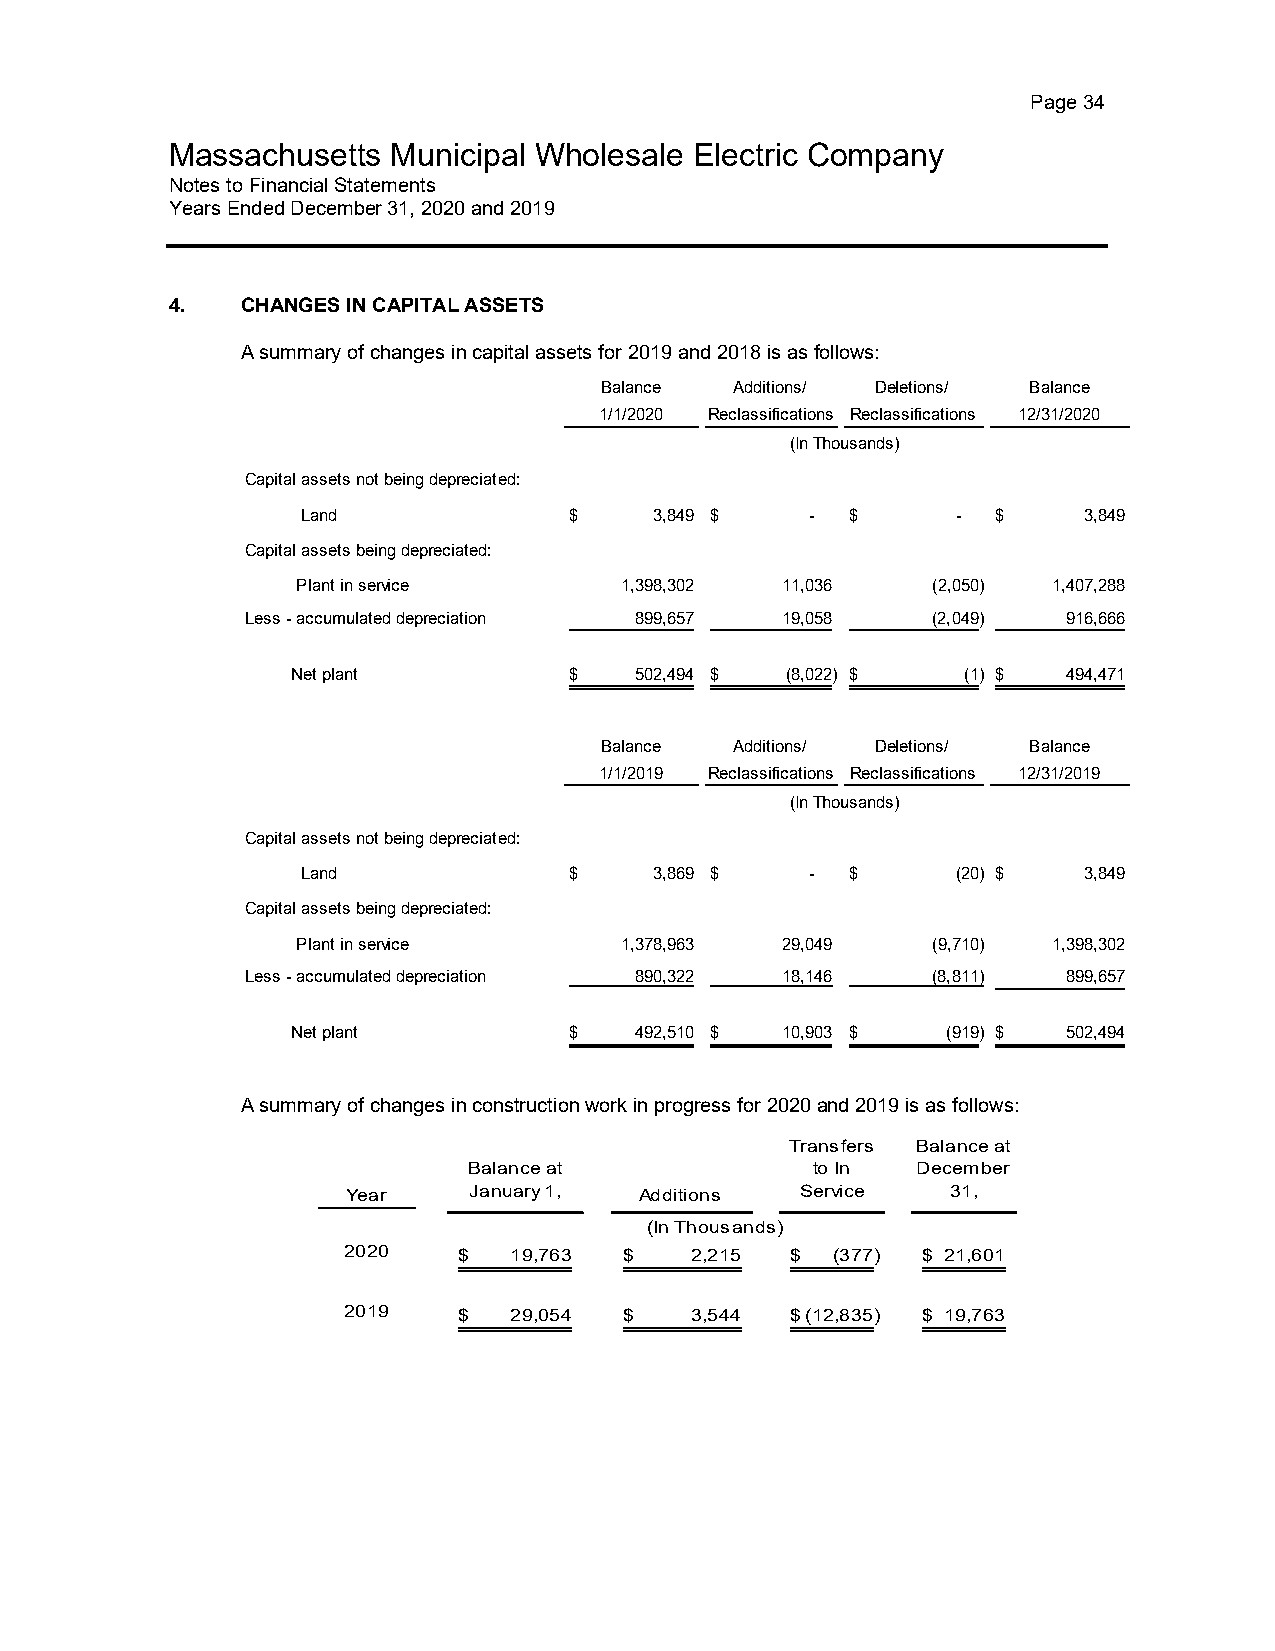
Page 34
 Massachusetts  Municipal Wholesale Electric Company
 Notes to Financial Statements
 Years Ended December 31, 2020 and 2019
 4.   CHANGES IN CAPITAL ASSETS
 A summary of changes in capital assets for 2019 and 2018 is as follows:
 Balance  Additions/ Deletions/ Balance
 1/1/2020 Reclassifications Reclassifications 12/31/2020
 (In Thousands)
 Capital assets not being depreciated:
 Land              $    3,849 $    - $      -  $     3,849
 Capital assets being depreciated:
 Plant in service     1 ,398,302 1 1,036   (2,050) 1,407,288
 Less - accumulated depreciation 899,657 1 9,058 (2,049) 916,666
 Net plant          $   502,494 $ ( 8,022) $  (1) $  494,471
 Balance  Additions/ Deletions/ Balance
 1/1/2019 Reclassifications Reclassifications 12/31/2019
 (In Thousands)
 Capital assets not being depreciated:
 Land              $    3,869 $    - $      (20) $   3,849
 Capital assets being depreciated:
 Plant in service     1 ,378,963 2 9,049   (9,710) 1,398,302
 Less - accumulated depreciation 890,322 1 8,146 (8,811) 899,657
 Net plant          $   492,510 $ 10,903 $   (919) $ 502,494
 A summary of changes in construction work in progress for 2020 and 2019 is as follows:
 Transfers Balance at
 Balance at             to In  December
 Year    January 1, Additions  Service   31,
 (In Thousands)
 2020   $   19,763 $    2,215 $  (377) $ 21,601
 2019   $   29,054 $    3,544 $ (12,835) $ 1 9,763